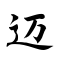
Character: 迈